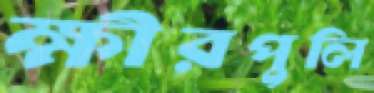
ক্ষীরপুলি